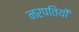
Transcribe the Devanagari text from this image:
नरपतियों